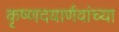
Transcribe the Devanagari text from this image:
कृष्णदयार्णवांच्या